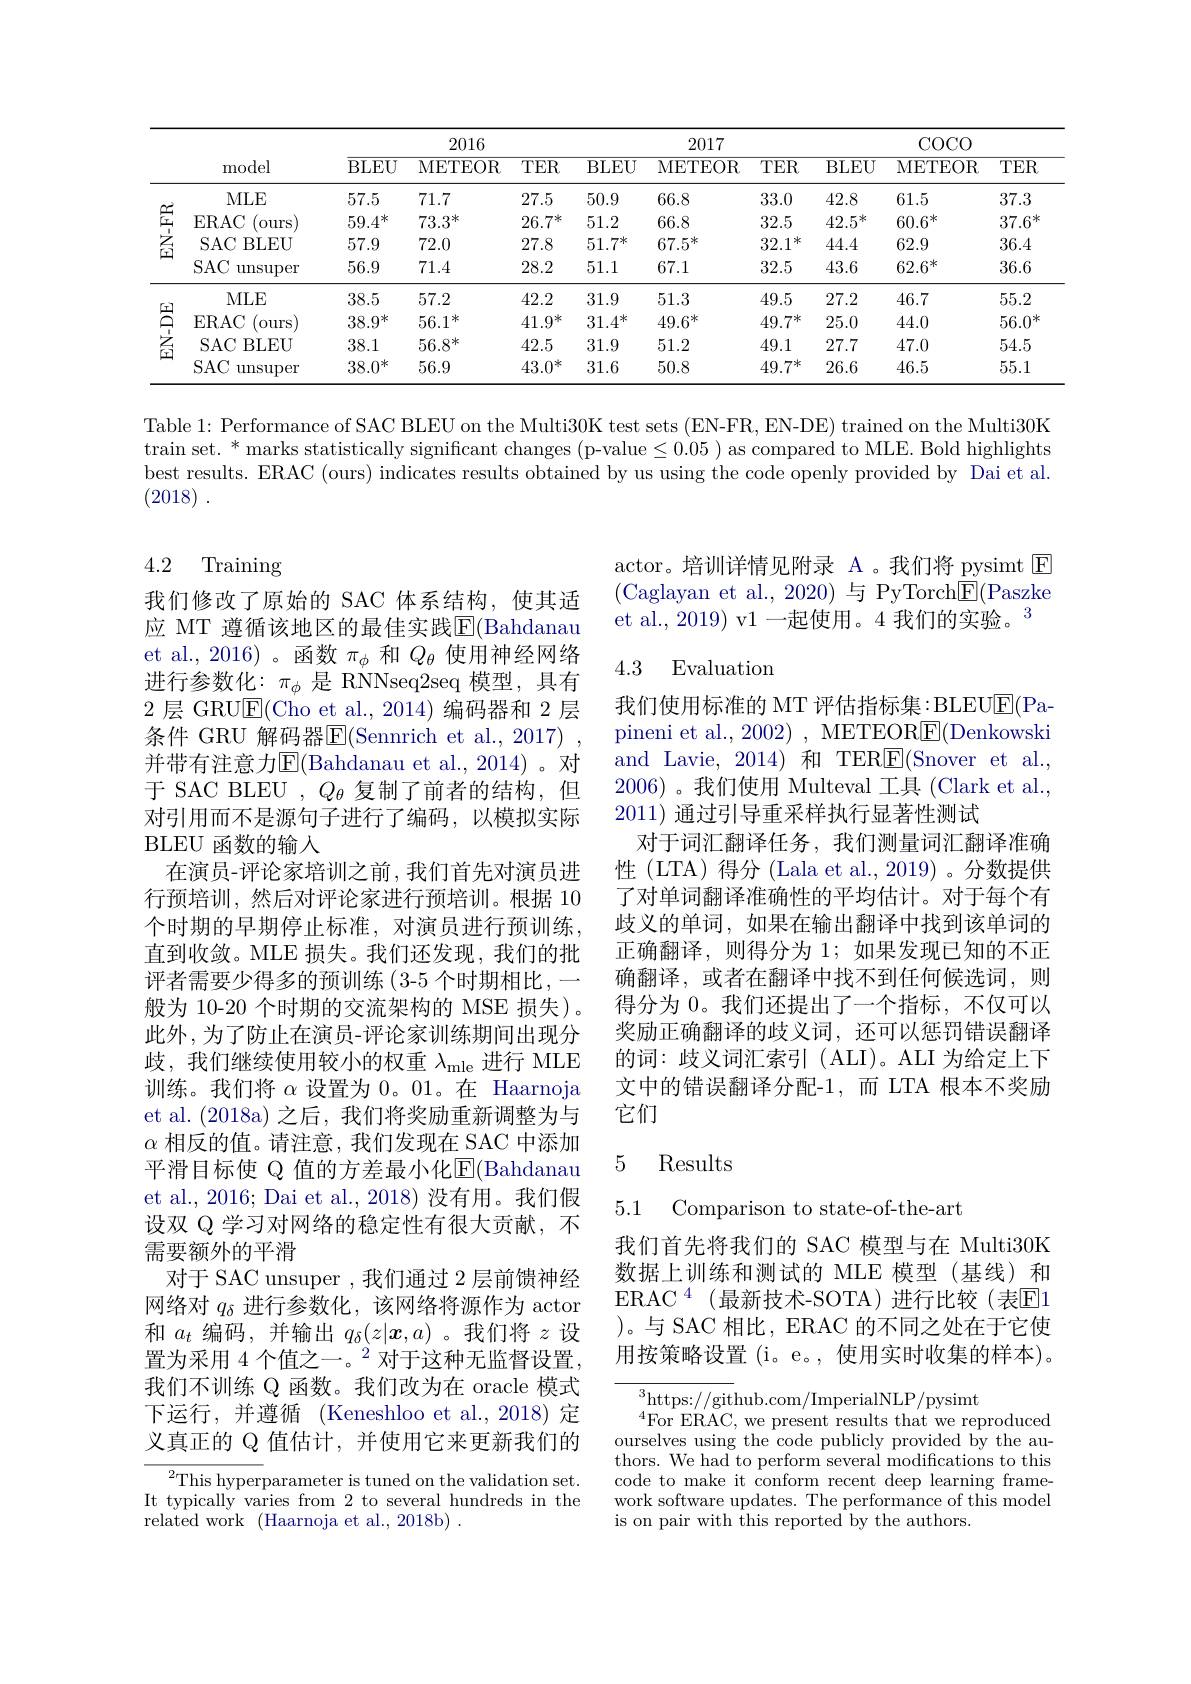
<table>
	<tbody>
		<tr>
			<th> </th>
			<th rowspan="2">model</th>
			<th colspan="3">2016</th>
			<th colspan="3">2017</th>
			<th colspan="3">$\operatorname{COCO}$</th>
		</tr>
		<tr>
			<th> </th>
			<th>BLEU</th>
			<th>METEOR</th>
			<th>$TER$</th>
			<th>BLEU</th>
			<th>METEOR</th>
			<th>$TER$</th>
			<th>BLEU</th>
			<th>METEOR</th>
			<th>$TER$</th>
		</tr>
		<tr>
			<td rowspan="4">$\begin{array}{c}{\underlinesegment{\underlinesegment{\alpha}}}\\{\underlinesegment{\alpha}}\\{\underlinesegment{1}}\end{array}$</td>
			<td>MLE</td>
			<td>57.5</td>
			<td>71.7</td>
			<td>27.5</td>
			<td>50.9</td>
			<td>66.8</td>
			<td>33.0</td>
			<td>42.8</td>
			<td>61.5</td>
			<td>37.3</td>
		</tr>
		<tr>
			<td>ERAC Ours</td>
			<td>$59.4^{*}$</td>
			<td>$73.3^*$</td>
			<td>$26.7^{*}$</td>
			<td>51.2</td>
			<td>66.8</td>
			<td>32.5</td>
			<td>$42.5^*$</td>
			<td>$60.6^{*}$</td>
			<td>$37.6^*$</td>
		</tr>
		<tr>
			<td>$SAC$ BLEU 1</td>
			<td>57.9</td>
			<td>72.0</td>
			<td>27.8</td>
			<td>$51.7^{*}$</td>
			<td>$67.5^{*}$</td>
			<td>32.1 冰</td>
			<td>44.4</td>
			<td>62.9</td>
			<td>36.4</td>
		</tr>
		<tr>
			<td>$SAC$ $\operatorname{unsuper}$</td>
			<td>56.9</td>
			<td>71.4</td>
			<td>28.2</td>
			<td>51.1</td>
			<td>67.1</td>
			<td>32.5</td>
			<td>43.6</td>
			<td>$62.6^{*}$</td>
			<td>36.6</td>
		</tr>
		<tr>
			<td rowspan="4">$\begin{array}{ll}{\textcircled{2}}\\{\textcircled{2}}\\{\textcircled{2}}\\{}\end{array}$</td>
			<td>MLE</td>
			<td>38.5</td>
			<td>57.2</td>
			<td>42.2</td>
			<td>31.9</td>
			<td>51.3</td>
			<td>49.5</td>
			<td>27.2</td>
			<td>46.7</td>
			<td>55.2</td>
		</tr>
		<tr>
			<td>ERAC ours</td>
			<td>$38.9^{*}$</td>
			<td>$56.1^*$</td>
			<td>$41.9^*$</td>
			<td>$31.4^*$</td>
			<td>$49.6^*$</td>
			<td>$49.7^{*}$</td>
			<td>25.0</td>
			<td>44.0</td>
			<td>$56.0^*$</td>
		</tr>
		<tr>
			<td>$SAC$ BLEU</td>
			<td>38.1</td>
			<td>$56.8^*$</td>
			<td>42.5</td>
			<td>31.9</td>
			<td>51.2</td>
			<td>49.1</td>
			<td>27.7</td>
			<td>47.0</td>
			<td>54.5</td>
		</tr>
		<tr>
			<td>$SAC$ $\operatorname{unsuper}$</td>
			<td>$38.0^*$</td>
			<td>56.9</td>
			<td>$43.0^*$</td>
			<td>31.6</td>
			<td>50.8</td>
			<td>$49.7^{*}$</td>
			<td>26.6</td>
			<td>46.5</td>
			<td>55.1</td>
		</tr>
	</tbody>
</table>

Table 1: Performance of SAC BLEU on the Multi30K test sets (EN-FR, EN-DE) trained on the Multi30K train set. * marks statistically significant changes ( p- value$\leq$0. 05 ) as compared to MLE. Bold highlights best results. ERAC (ours) indicates results obtained by us using the code openly provided by Dai et al. (2018) .

4.2 Training

actor。培训详情见附录 A 。我们将 pysimt E (Caglayan et al., 2020)与 PyTorch$\boxed{\mathrm{F}}($Paszke et al., 2019) v1 一起使用。4 我们的实验。3

### 4.3 Evaluation

我们使用标准的 MT 评估指标集：BLEU$\underline{\mathrm{E}}($Papineni et al., 2002) , METEOR$\underline{\mathrm{E}}($Denkowski and Lavie, 2014)和 TER$\underline{\mathrm{E}}($Snover et al., 2006)。我们使用 Multeval 工具 (Clark et al. 2011)通过引导重采样执行显著性测试
对于词汇翻译任务，我们测量词汇翻译准确性 (LTA) 得分 (Lala et al.,2019) 。分数提供了对单词翻译准确性的平均估计。对于每个有歧义的单词，如果在输出翻译中找到该单词的正确翻译，则得分为 1;如果发现已知的不正确翻译，或者在翻译中找不到任何候选词，则得分为 0。我们还提出了一个指标，不仅可以奖励正确翻译的歧义词，还可以惩罚错误翻译的词：歧义词汇索引(ALI)。ALI 为给定上下文中的错误翻译分配-1,而 LTA 根本不奖励它们

我们修改了原始的 SAC 体系结构，使其适应 MT 遵循该地区的最佳实践$\overline{\mathrm{E}}($Bahdanau et al., 2016)。函数$\pi_\phi$和$Q_\theta$使用神经网络进行参数化：$\pi_\phi$是 RNNseq2seq 模型，具有2层 GRUE(Cho et al.,2014)编码器和 2 层条件 GRU 解码器$\overline{\mathrm{E}}($Sennrich et al.,2017) , 并带有注意力$\overline{\mathrm{E}}($Bahdanau et al.,2014)。对于 SAC BLEU $,Q_\theta$复制了前者的结构，但对引用而不是源句子进行了编码，以模拟实际BLEU 函数的输入
在演员-评论家培训之前，我们首先对演员进行预培训，然后对评论家进行预培训。根据 10个时期的早期停止标准，对演员进行预训练， 直到收敛。MLE 损失。我们还发现，我们的批评者需要少得多的预训练(3-5 个时期相比，一般为 10-20 个时期的交流架构的 MSE 损失)。此外，为了防止在演员-评论家训练期间出现分歧，我们继续使用较小的权重$\lambda_\mathrm{mle}$进行 MLE 训练。我们将$\alpha$设置为0。01。在 Haarnoja et al.(2018a)之后，我们将奖励重新调整为与$\alpha$相反的值。请注意，我们发现在 SAC 中添加平滑目标使 Q 值的方差最小化$\overline{\mathrm{E}}($Bahdanau et al., 2016; Dai et al., 2018) 没有用。我们假设双 Q 学习对网络的稳定性有很大贡献，不需要额外的平滑
对于 SAC unsuper ,我们通过 2 层前馈神经网络对$q_\mathrm{\delta}$进行参数化，该网络将源作为 actor 和$a_t$编码，并输出$q_\delta(z|\boldsymbol{x},a)$ 。我们将$z$设置为采用 4 个值之一。$^2$对于这种无监督设置， 我们不训练 Q 函数。我们改为在 oracle 模式下运行，并遵循 (Keneshloo et al.,2018)定义真正的 Q 值估计，并使用它来更新我们的$^{2}$This hyperparameter is tuned on the validation set.

## 5 Results

5.1 Comparison to state-of-the-ar

我们首先将我们的 SAC 模型与在 Multi30K 数据上训练和测试的 MLE 模型(基线)和ERAC$^{4}$(最新技术-SOTA)进行比较(表E1 )。与 SAC 相比，ERAC 的不同之处在于它使用按策略设置(i。e。,使用实时收集的样本)。

$^3$https://github.com/ImperialNLP/pysimt
${}^{4}$For ERAC, we present results that we reproduced ourselves using the code publicly provided by the authors. We had to perform several modifications to this code to make it conform recent deep learning framework software updates. The performance of this model is on pair with this reported by the authors.

It typically varies from 2 to several hundreds in the
related work (Haarnoja et al., 2018b).